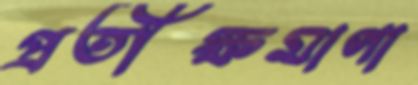
প্রতীক্ষমাণা